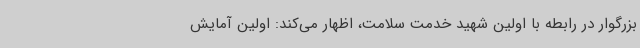
بزرگوار در رابطه با اولین شهید خدمت سلامت، اظهار می‌کند: اولین آمایش